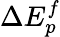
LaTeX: \Delta E_{p}^{f}